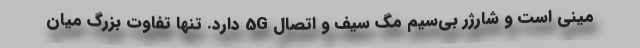
مینی است و شارژر بی‌سیم مگ سیف و اتصال 5G دارد. تنها تفاوت بزرگ میان